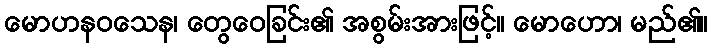
မောဟနဝသေန၊ တွေဝေခြင်း၏ အစွမ်းအားဖြင့်။ မောဟော၊ မည်၏။